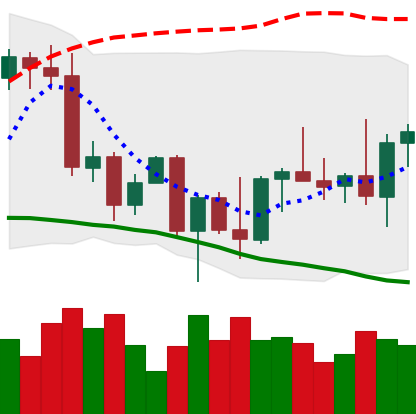
Ticker: BNB-USD
Chart end date: 2022-09-29
Forward return: 4.408%
Label: up_3_5